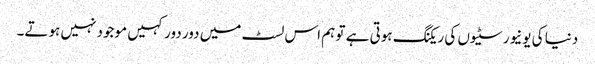
دنیا کی یونیورسٹیوں کی ریکنگ ہوتی ہے تو ہم اس لسٹ میں دور دور کہیں موجود نہیں ہوتے۔